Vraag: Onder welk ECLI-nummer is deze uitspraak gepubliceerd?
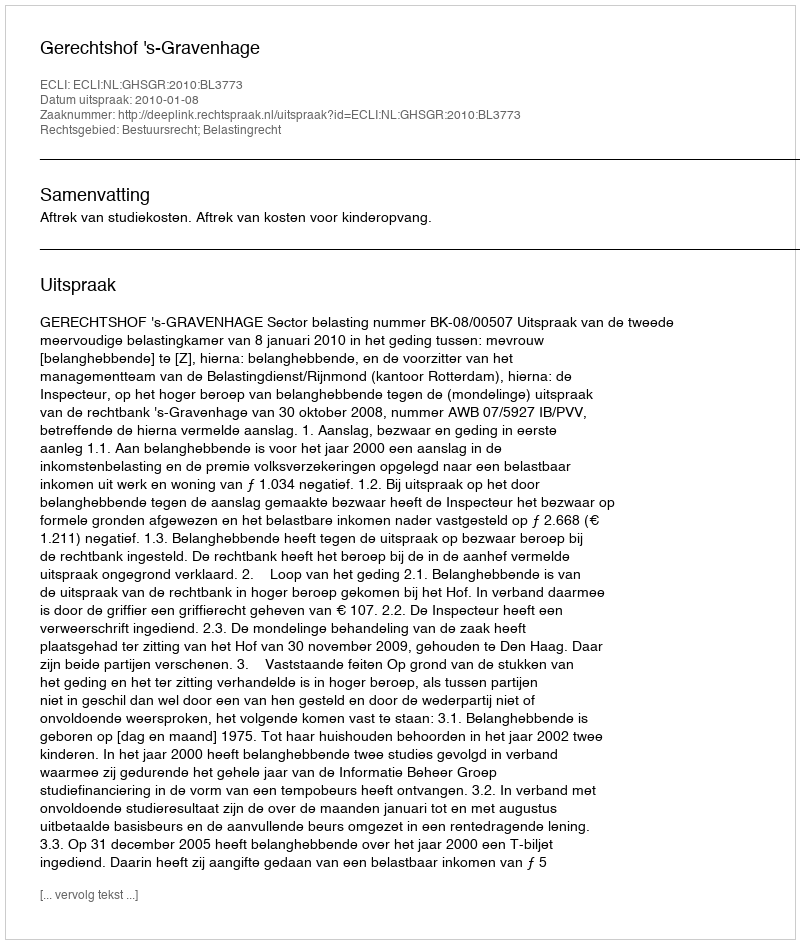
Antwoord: ECLI:NL:GHSGR:2010:BL3773